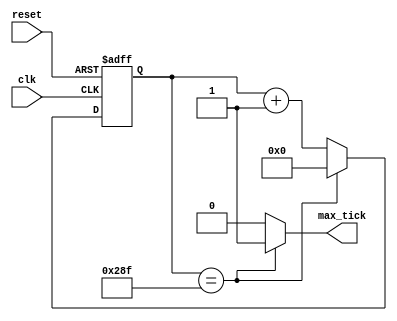
module Coun_Baud#(parameter N=10, M=656)(  // este modo es para generar los pulsos necesarios para el modo receptor y transmisor

     //N= number of bits incounter = log2(M)
	 // mod-M Para una frecuencia de relog 100 MHZ --->9600bauds
	 // M se obtiene de 100MHZ/(2X8X9600)
	
	//INPUTS
	input wire clk, reset,
	//OUTPUTS
	output wire max_tick
	);
	
	// Declaracion de Seales
	reg [N-1:0] r_reg=0;
	wire [N-1:0] r_next;

	// Registro de estado
	always @ (posedge clk , posedge reset)
		if (reset)
			r_reg <= 0 ;
		else
			r_reg <= r_next;
			
	// Logica de estado siguiente
	assign r_next = (r_reg==(M-1)) ? 0 : r_reg + 1;
	
	//Logica de salida
	assign max_tick = (r_reg==(M-1)) ? 1'b1 : 1'b0;

endmodule